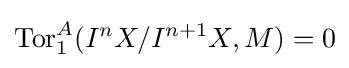
\operatorname {Tor} _{1}^{A}(I^{n}X/I^{n+1}X,M)=0